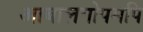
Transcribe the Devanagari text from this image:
आबालगोपमपि